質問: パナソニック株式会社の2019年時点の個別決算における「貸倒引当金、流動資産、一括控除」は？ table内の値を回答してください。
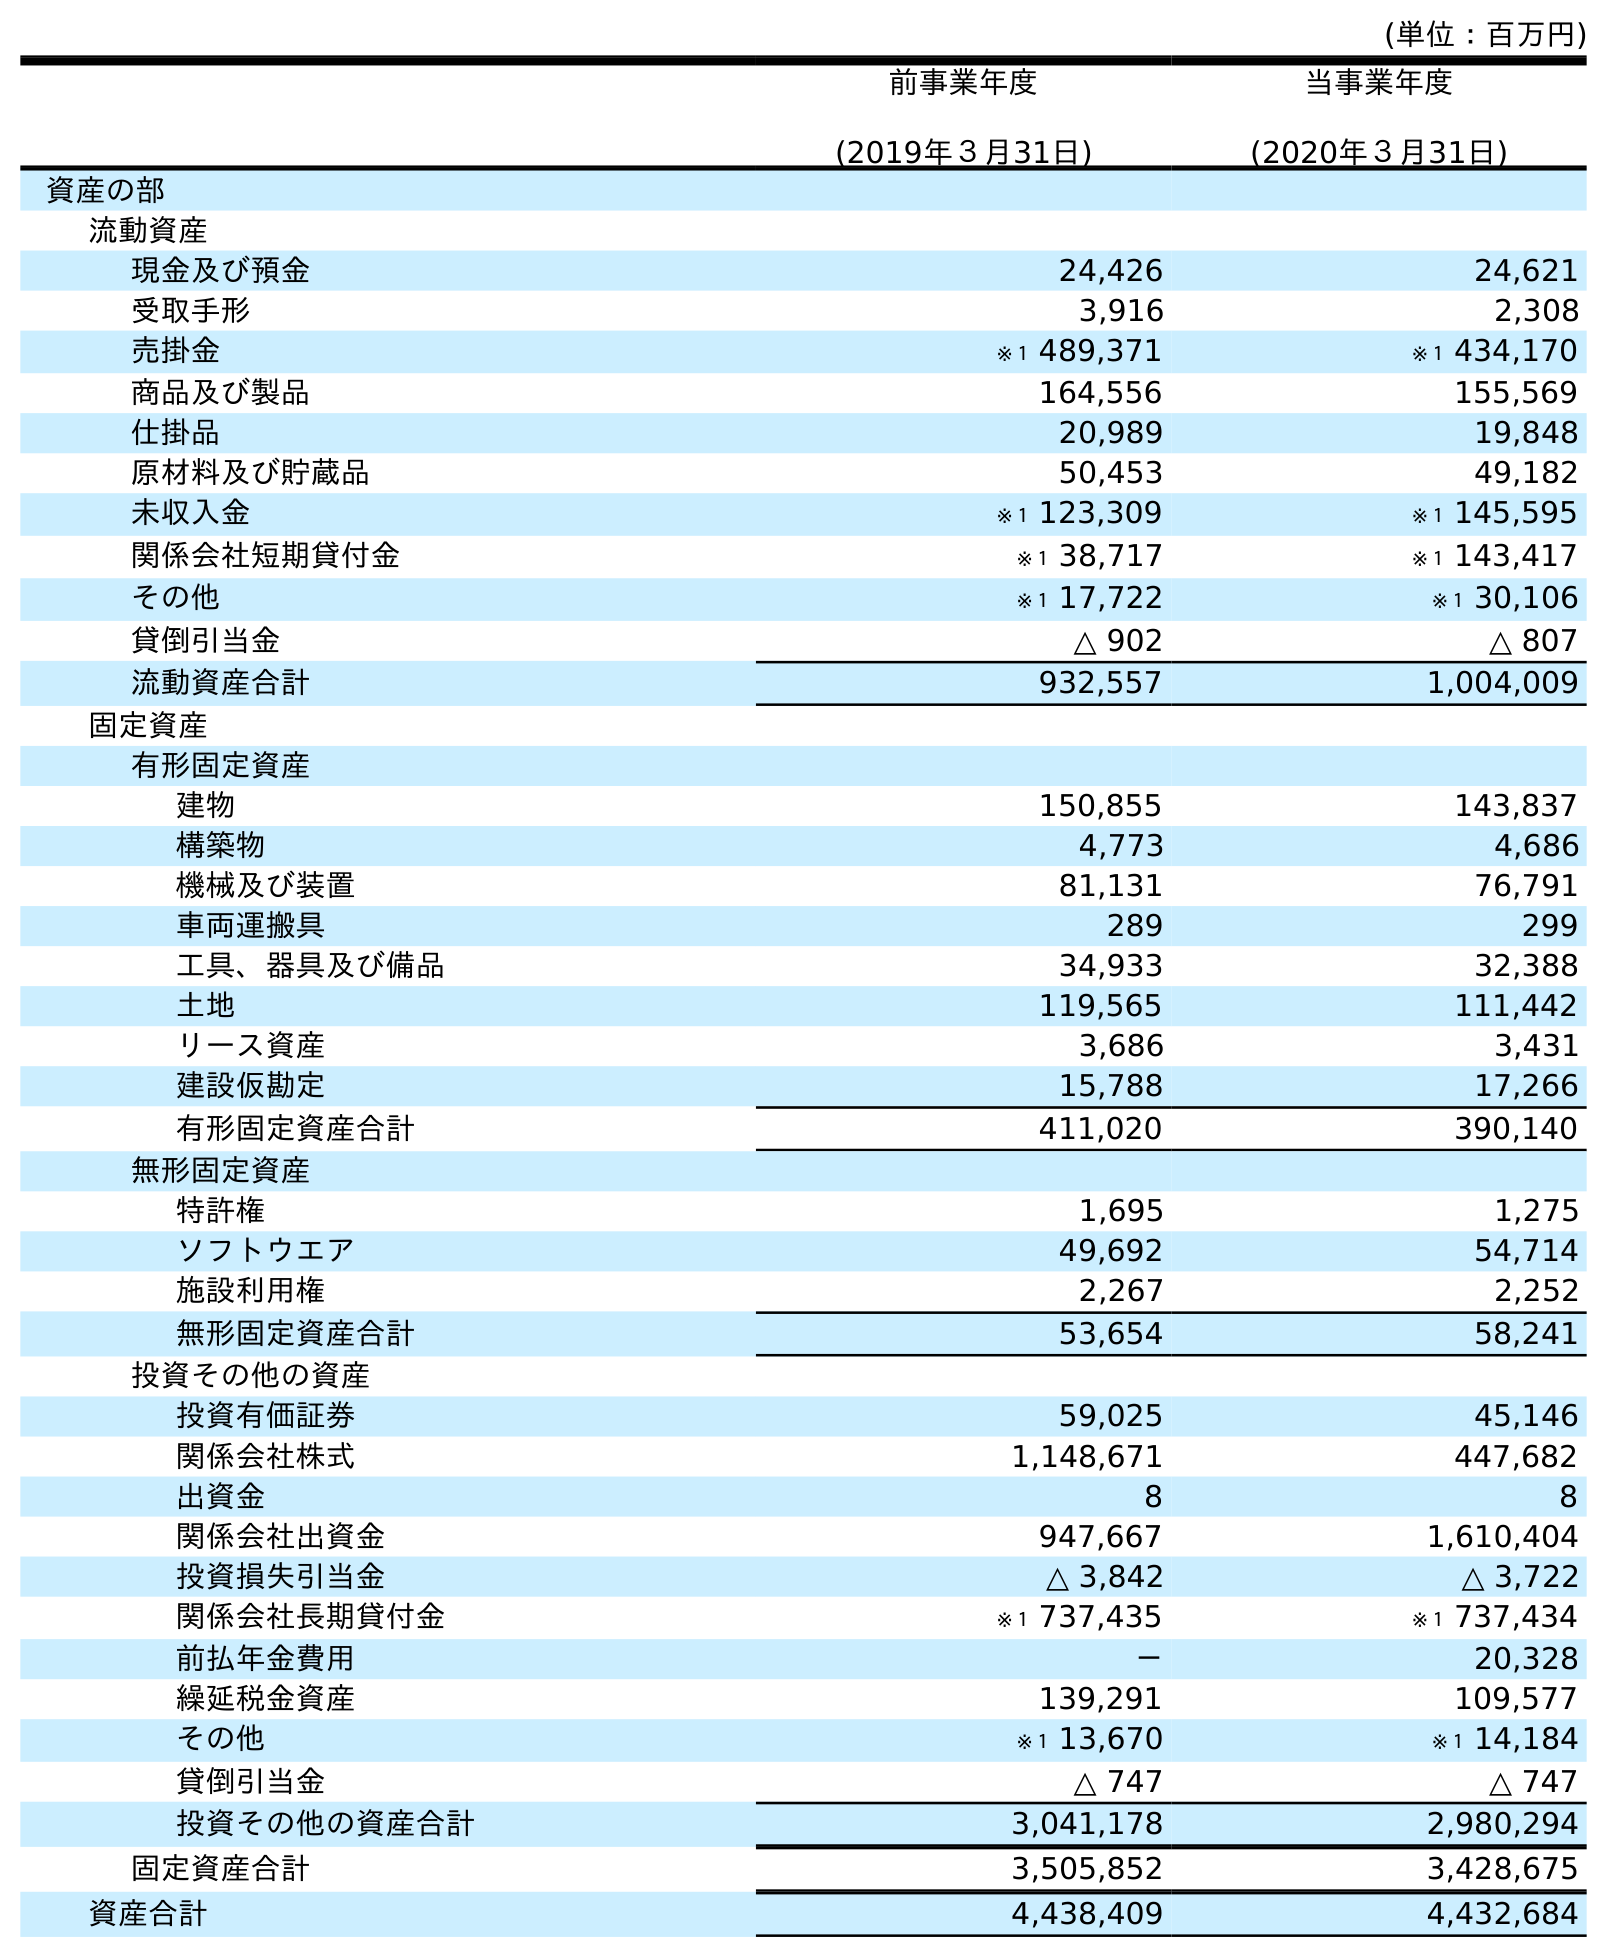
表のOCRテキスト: (単位：百万円) 前事業年度 (2019年３月31日) 当事業年度 (2020年３月31日) 資産の部 流動資産 現金及び預金 24,426 24,621 受取手形 3,916 2,308 売掛金 ※１ 489,371 ※１ 434,170 商品及び製品 164,556 155,569 仕掛品 20,989 19,848 原材料及び貯蔵品 50,453 49,182 未収入金 ※１ 123,309 ※１ 145,595 関係会社短期貸付金 ※１ 38,717 ※１ 143,417 その他 ※１ 17,722 ※１ 30,106 貸倒引当金 △ 902 △ 807 流動資産合計 932,557 1,004,009 固定資産 有形固定資産 建物 150,855 143,837 構築物 4,773 4,686 機械及び装置 81,131 76,791 車両運搬具 289 299 工具、器具及び備品 34,933 32,388 土地 119,565 111,442 リース資産 3,686 3,431 建設仮勘定 15,788 17,266 有形固定資産合計 411,020 390,140 無形固定資産 特許権 1,695 1,275 ソフトウエア 49,692 54,714 施設利用権 2,267 2,252 無形固定資産合計 53,654 58,241 投資その他の資産 投資有価証券 59,025 45,146 関係会社株式 1,148,671 447,682 出資金 8 8 関係会社出資金 947,667 1,610,404 投資損失引当金 △ 3,842 △ 3,722 関係会社長期貸付金 ※１ 737,435 ※１ 737,434 前払年金費用 － 20,328 繰延税金資産 139,291 109,577 その他 ※１ 13,670 ※１ 14,184 貸倒引当金 △ 747 △ 747 投資その他の資産合計 3,041,178 2,980,294 固定資産合計 3,505,852 3,428,675 資産合計 4,438,409 4,432,684
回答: △902